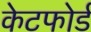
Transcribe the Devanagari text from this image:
केटफोर्ड